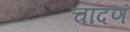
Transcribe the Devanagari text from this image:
चांदणं